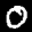
Label: 0